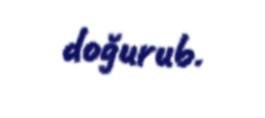
doğurub.